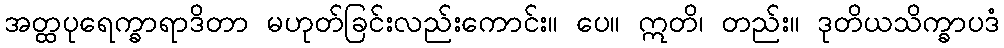
အတ္ထပုရေက္ခာရာဒိတာ မဟုတ်ခြင်းလည်းကောင်း။ ပေ။ ဣတိ၊ တည်း။ ဒုတိယသိက္ခာပဒံ